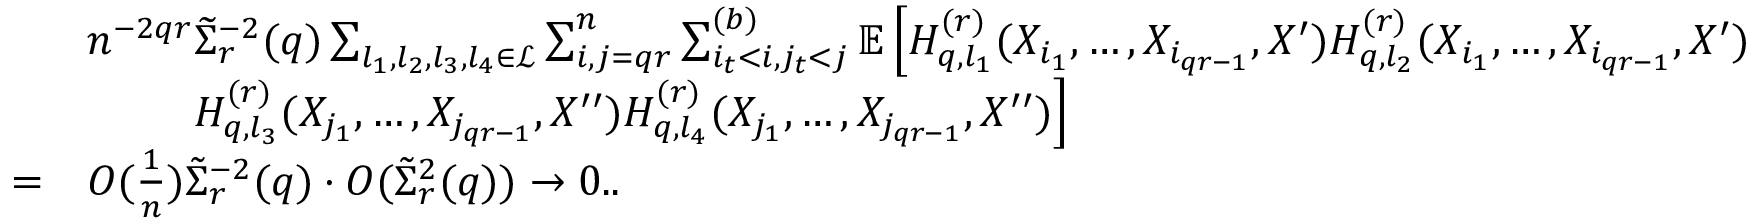
\begin{array} { r l } & { n ^ { - 2 q r } \widetilde \Sigma _ { r } ^ { - 2 } ( q ) \sum _ { l _ { 1 } , l _ { 2 } , l _ { 3 } , l _ { 4 } \in \mathcal { L } } \sum _ { i , j = q r } ^ { n } \sum _ { i _ { t } < i , j _ { t } < j } ^ { ( b ) } \mathbb { E } \left[ H _ { q , l _ { 1 } } ^ { ( r ) } ( X _ { i _ { 1 } } , \ldots , X _ { i _ { q r - 1 } } , X ^ { \prime } ) H _ { q , l _ { 2 } } ^ { ( r ) } ( X _ { i _ { 1 } } , \ldots , X _ { i _ { q r - 1 } } , X ^ { \prime } ) \right. } \\ & { ~ ~ ~ ~ ~ ~ ~ \left. H _ { q , l _ { 3 } } ^ { ( r ) } ( X _ { j _ { 1 } } , \ldots , X _ { j _ { q r - 1 } } , X ^ { \prime \prime } ) H _ { q , l _ { 4 } } ^ { ( r ) } ( X _ { j _ { 1 } } , \ldots , X _ { j _ { q r - 1 } } , X ^ { \prime \prime } ) \right] } \\ { = } & { O ( \frac { 1 } { n } ) \tilde { \Sigma } _ { r } ^ { - 2 } ( q ) \cdot O ( \tilde { \Sigma } _ { r } ^ { 2 } ( q ) ) \rightarrow 0 . . } \end{array}